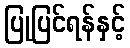
ပြုပြင်ရန်နှင့်